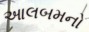
આલબમનો